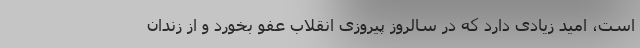
است، امید زیادی دارد که در سالروز پیروزی انقلاب عفو بخورد و از زندان